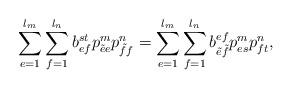
LaTeX: \begin{align*}\displaystyle\sum\limits_{e=1}^{l_m}\sum\limits_{f=1}^{l_n}b^{st}_{ef}p^{m}_{\tilde{e}e}p^{n}_{\tilde{f}f}=\sum\limits_{e=1}^{l_m}\sum\limits_{f=1}^{l_n}b^{ef}_{\tilde{e}\tilde{f}}p^{m}_{es}p^{n}_{ft},\end{align*}